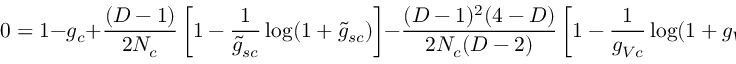
0 = 1 - g _ { c } + \frac { ( D - 1 ) } { 2 N _ { c } } \left[ 1 - \frac { 1 } { \tilde { g } _ { s c } } \log ( 1 + \tilde { g } _ { s c } ) \right] - \frac { ( D - 1 ) ^ { 2 } ( 4 - D ) } { 2 N _ { c } ( D - 2 ) } \left[ 1 - \frac { 1 } { g _ { V c } } \log ( 1 + g _ { V c } ) \right] \ ,